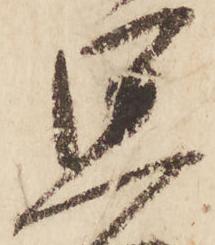
思